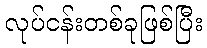
လုပ်ငန်းတစ်ခုဖြစ်ပြီး